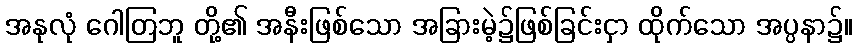
အနုလုံ ဂေါတြဘူ တို့၏ အနီးဖြစ်သော အခြားမဲ့၌ဖြစ်ခြင်းငှာ ထိုက်သော အပ္ပနာ၌။